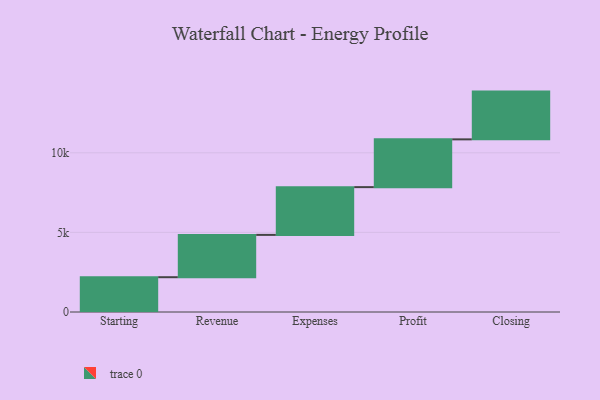
{"axis": {"x": "Step", "y": "Value"}, "legend": [""], "data": [{"x": "Starting", "y": 2186.0, "type": ""}, {"x": "Revenue", "y": 2657.0, "type": ""}, {"x": "Expenses", "y": 3000, "type": ""}, {"x": "Profit", "y": 3000, "type": ""}, {"x": "Closing", "y": 3000, "type": ""}]}